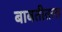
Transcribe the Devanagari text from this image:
बाबतीतला